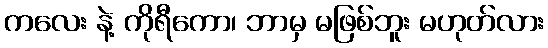
ကလေး နဲ့ ကိုရီကော၊ ဘာမှ မဖြစ်ဘူး မဟုတ်လား